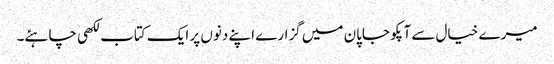
میرے خیال سے آپکو جاپان میں گزارے اپنے دنوں پر ایک کتاب لکھی چاہئے۔